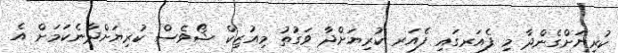
ކުރިޔަށްގެންދާ މި ފެއަރގައި ފެއަރ ކުރިޔަށްދާ ވަގުތު މިއުޒިކް ޝޯވެސް ކުރިޔަށްދާނެކަމަށް އެ